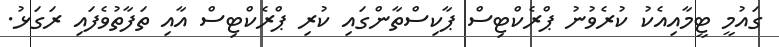
ގައުމީ ޓީމާއިއެކު ކުރެވުނު ޕްރެކްޓިސް ޕާކިސްތާންގައި ކުރި ޕްރެކްޓިސް އާއި ތަފާތުވެފައި ރަގަޅު.